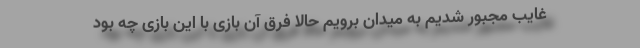
غایب مجبور شدیم به میدان برویم حالا فرق آن بازی با این بازی چه بود